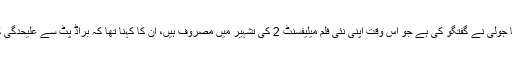
اب ایک غیر ملکی خبر رساں ادارے سے اداکارہ انجلینا جولی نے گفتگو کی ہے جو اس وقت اپنی نئی فلم میلیفسنٹ 2 کی تشہیر میں مصروف ہیں، ان کا کہنا تھا کہ براڈ پٹ سے علیحدگی کے بعد میری شخصیت بالکل تبدیل ہو کر رہ گئی تھی۔